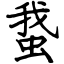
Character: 䖸